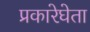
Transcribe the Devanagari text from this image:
प्रकारेघेता